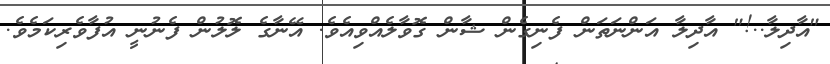
"އާދިލާ..!" އާދިލާ އަންނަތަން ފެނިގެން ޝާން ގޮވާލެއްވިއެވެ. އޭނާގެ ލޮލުން ފެނުނީ އުފާވެރިކަމެވެ.